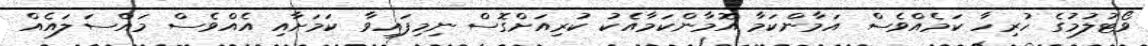
ވޯޓުލުމުގެ ހުރިހާ ކަމެއްވެސް އަމާންކަމާ އޮމާންކަމާއެކު ކުރިއަށްގޮސް ނިމިފައިވާ ކަމަށާއި އެއްވެސް މައްސަލައެއް